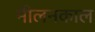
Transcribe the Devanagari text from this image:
मीलनकाल